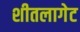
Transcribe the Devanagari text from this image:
शीतलागेट